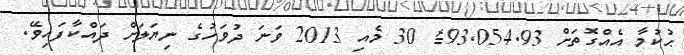
ޙުކުމާ އެއްގޮތަށް 93